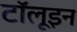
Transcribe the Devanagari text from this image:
टॉलूइन